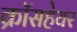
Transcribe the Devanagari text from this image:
क्रॉसहेयर